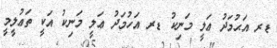
ޑރ އަޙުމަދު ޢަލީ މަނިކު ޑރ އަހުމަދު ޢަލީ މަނިކު އަކީ ތަޢުލީމީ